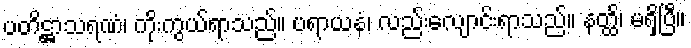
ပတိဋ္ဌာသရဏံ၊ ကိုးကွယ်ရာသည်။ ပရာယနံ၊ လည်းလျောင်းရာသည်။ နတ္ထိ၊ မရှိပြီ။